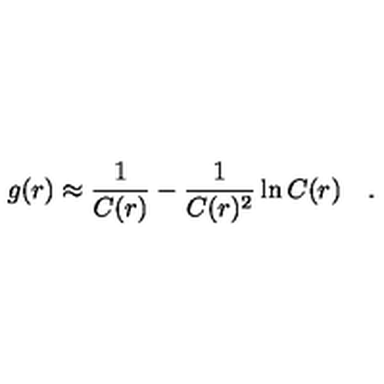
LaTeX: g ( r ) \approx \frac { 1 } { C ( r ) } - \frac { 1 } { C ( r ) ^ { 2 } } \ln C ( r ) \quad .